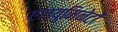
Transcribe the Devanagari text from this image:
ऐल्युमिनेटों